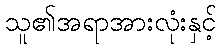
သူ၏အရာအားလုံးနှင့်